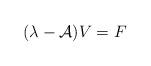
LaTeX: \begin{align*}(\lambda - \mathcal{A}) V = F \end{align*}